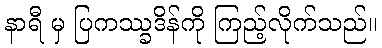
နာရီ မှ ပြကဿ္ခဒိန်ကို ကြည့်လိုက်သည်။